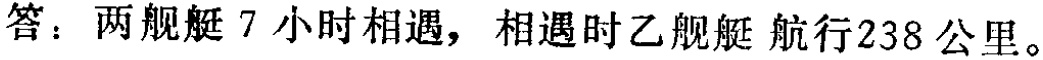
答：两舰艇 7 小时相遇，相遇时乙舰艇 航行238 公里。